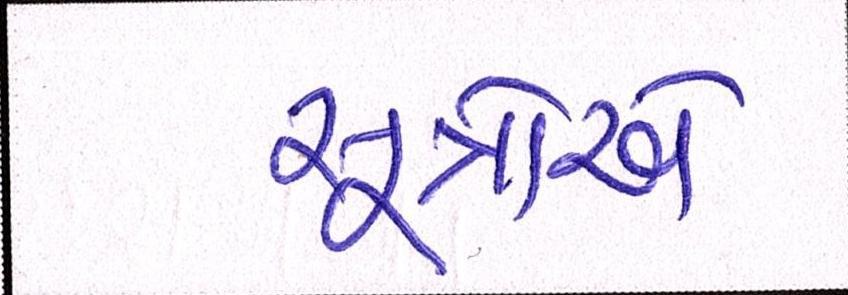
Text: સૂત્રોએ